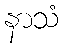
နာသံ